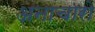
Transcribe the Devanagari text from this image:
अनाचारो